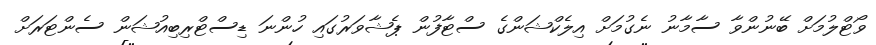
ވޯޓްލުމަށް ބޭނުންވާ ސާމާނު ނެގުމަށް އިލެކްޝަންގެ ސްޓާފުން ޕެޝާވަރުގައި ހުންނަ ޑިސްޓްރިބިއުޝަން ސެންޓަރަށް